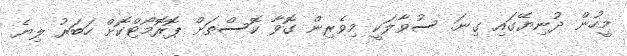
މީހުން ދުނިޔޭގައި ގިނަ. ސުވާލަކީ މިވެރިން ގޮވާ ކޮސްތަށް ޕޮރޮމޯޓްކޮށް ހަބަރު ލިޔެ